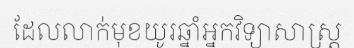
ដែលលាក់មុខយូរឆ្នាំអ្នកវិទ្យាសាស្ត្រ